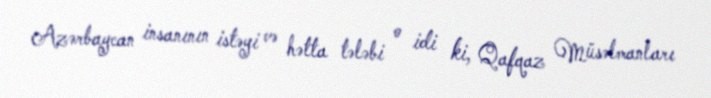
Azərbaycan insanının istəyi və hətta tələbi o idi ki, Qafqaz Müsəlmanları